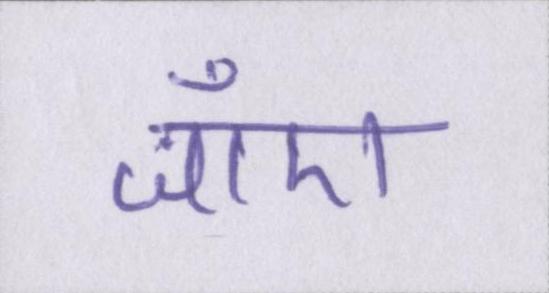
जाँए